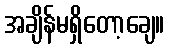
အချိန်မရှိတော့ချေ။